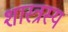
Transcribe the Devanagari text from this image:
शास्त्रस्य